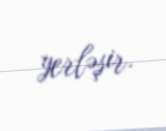
yerləşir.